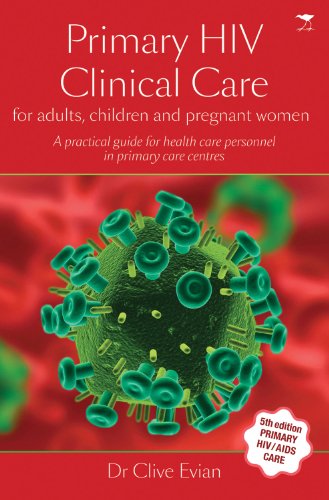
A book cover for Primary HIV Clinical Care: For Adults, Children and Pregnant Women; Dr. Clive Evian; Health, Fitness & Dieting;